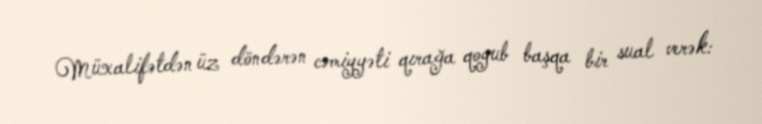
Müxalifətdən üz döndərən cəmiyyəti qırağa qoyub başqa bir sual verək: